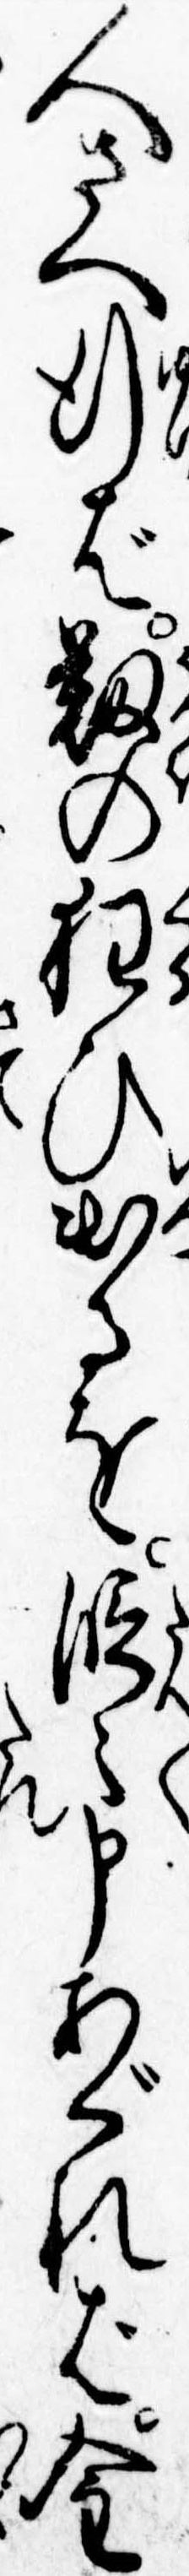
人さへ行ば靭の狂ひ出るを段々申あぐれば金